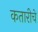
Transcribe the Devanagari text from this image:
कतारीचे